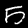
Digit: 5